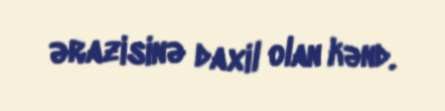
ərazisinə daxil olan kənd.